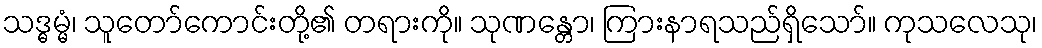
သဒ္ဓမ္မံ၊ သူတော်ကောင်းတို့၏ တရားကို။ သုဏန္တော၊ ကြားနာရသည်ရှိသော်။ ကုသလေသု၊